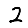
Digit: 2